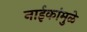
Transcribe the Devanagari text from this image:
नाईकांमुळे